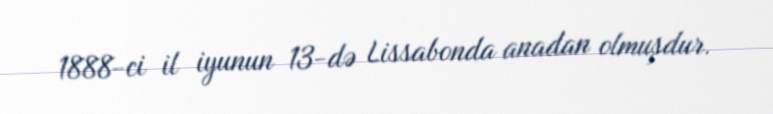
1888-ci il iyunun 13-də Lissabonda anadan olmuşdur.